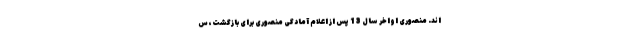
اند. منصوری اواخر سال 13 پس از اعلام آمادگی منصوری برای بازگشت، س